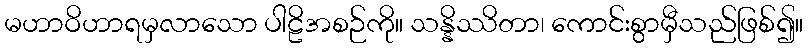
မဟာဝိဟာရမှလာသော ပါဠိအစဉ်ကို။ သန္နိဿိတာ၊ ကောင်းစွာမှီသည်ဖြစ်၍။